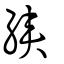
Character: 綊